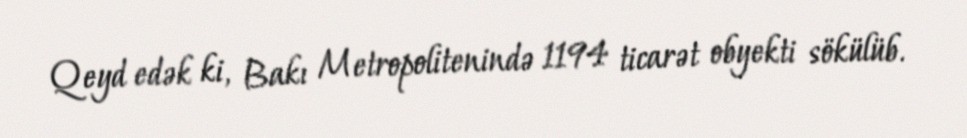
Qeyd edək ki, Bakı Metropolitenində 1194 ticarət obyekti sökülüb.